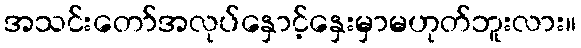
အသင်းတော်အလုပ်နှောင့်နှေးမှာမဟုတ်ဘူးလား။